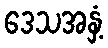
ဒေသအနှံ့